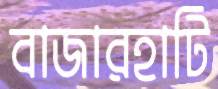
বাজারহাটি